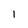
Character: I